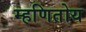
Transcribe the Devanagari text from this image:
म्हणितोय